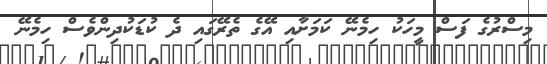
މިސްރުގެ ފަސް މީހަކު ހިމެނޭ ކަމަށާއި އޭގެ ތެރޭގައި ދެ ކުޑަކުދިންވެސް ހިމެނޭ